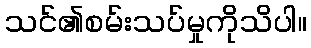
သင်၏စမ်းသပ်မှုကိုသိပါ။